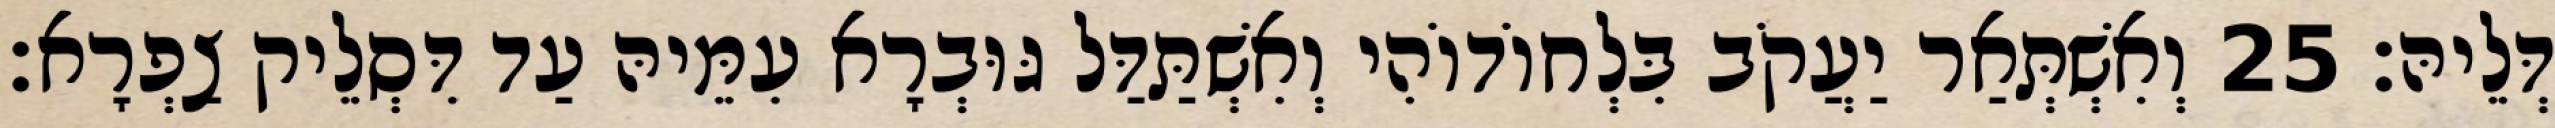
דְּלֵיהּ׃ 25 וְאִשְׁתְּאַר יַעֲקֹב בִּלְחוֹדוֹהִי וְאִשְׁתַּדַּל גּוּבְרָא עִמֵּיהּ עַד דִּסְלֵיק צַפְרָא׃